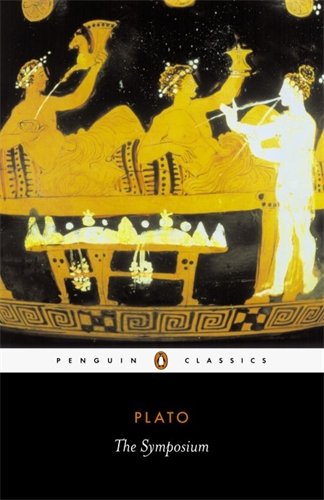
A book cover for The Symposium (Penguin Classics); Plato; Politics & Social Sciences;